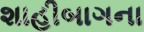
શાહીબાગના